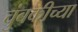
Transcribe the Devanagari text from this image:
चुंबकीच्या